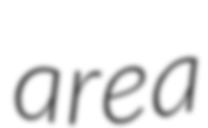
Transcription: area